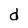
Character: d